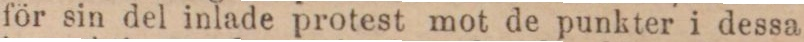
för sin del inlade protest mot de punkter i dessa